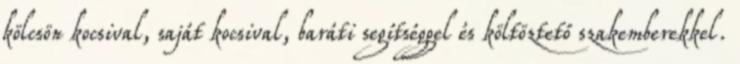
kölcsön kocsival, saját kocsival, baráti segítséggel és költöztető szakemberekkel.